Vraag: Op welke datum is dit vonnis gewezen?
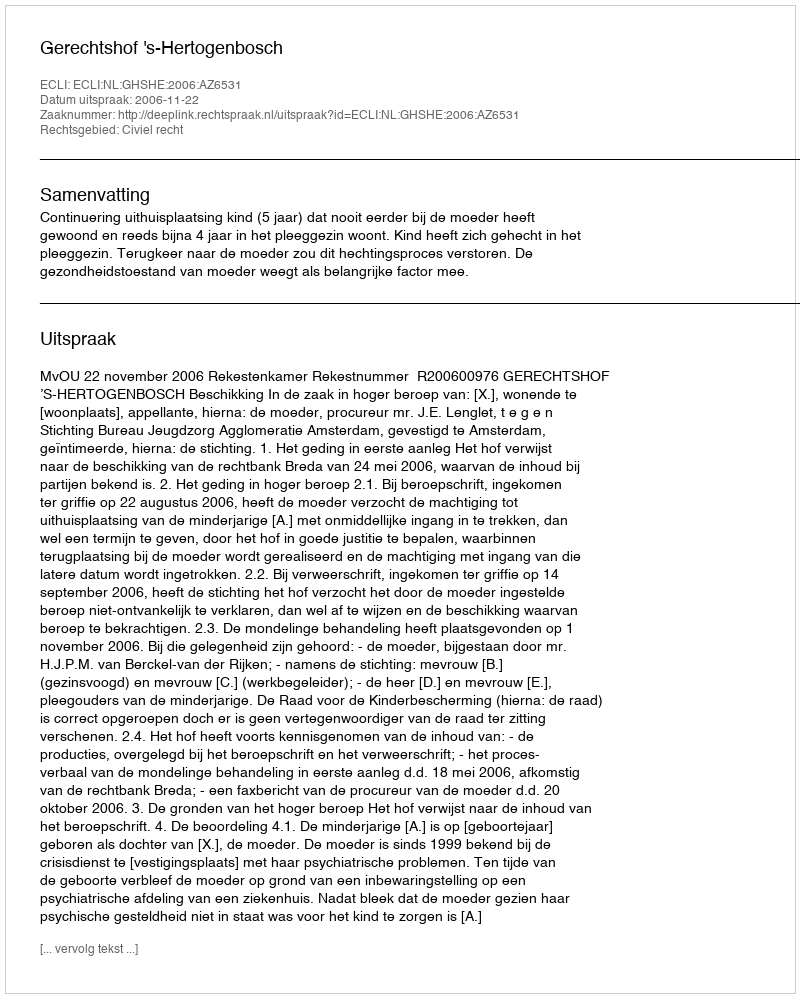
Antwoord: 2006-11-22